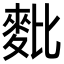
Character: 𪌈